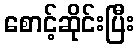
စောင့်ဆိုင်းပြီး